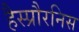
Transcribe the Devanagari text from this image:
हैस्प्रौरनिस